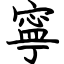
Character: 寧